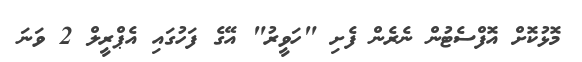
މޮޅުކޮށް އޮފްސެޓުން ނެރެން ފެށި "ހަވީރު" އޭގެ ފަހުގައި އެޕްރީލް 2 ވަނަ